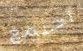
اجتمع